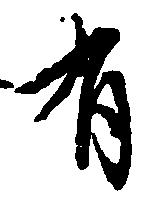
有